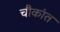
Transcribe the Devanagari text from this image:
चौकांत